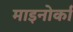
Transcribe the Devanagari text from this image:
माइनोर्का